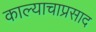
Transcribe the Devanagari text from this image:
काल्याचाप्रसाद